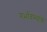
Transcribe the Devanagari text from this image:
गर्भावस्थाके